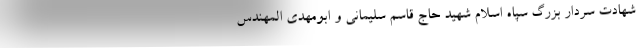
شهادت سردار بزرگ سپاه اسلام شهید حاج قاسم سلیمانی و ابومهدی المهندس